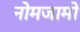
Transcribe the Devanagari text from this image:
नोमजामो